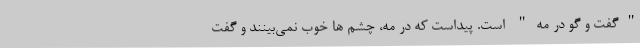
"گفت و گو در مه" است. پیداست که در مه، چشم ها خوب نمی‌بینند و گفت